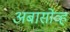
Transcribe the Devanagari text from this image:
अबासोव्ह